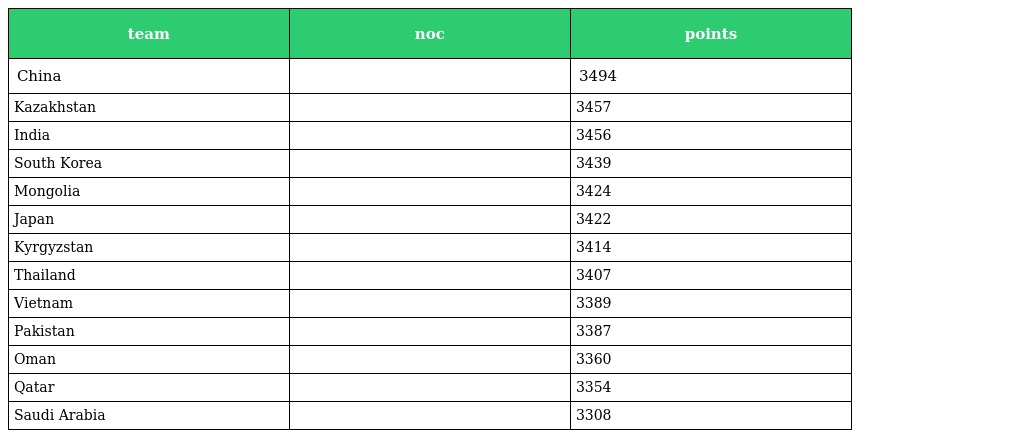
| team | noc | points |
 | --- | --- | --- |
 | China |  | 3494 |
 | Kazakhstan |  | 3457 |
 | India |  | 3456 |
 | South Korea |  | 3439 |
 | Mongolia |  | 3424 |
 | Japan |  | 3422 |
 | Kyrgyzstan |  | 3414 |
 | Thailand |  | 3407 |
 | Vietnam |  | 3389 |
 | Pakistan |  | 3387 |
 | Oman |  | 3360 |
 | Qatar |  | 3354 |
 | Saudi Arabia |  | 3308 |